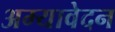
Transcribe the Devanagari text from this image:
अम्यावेदन